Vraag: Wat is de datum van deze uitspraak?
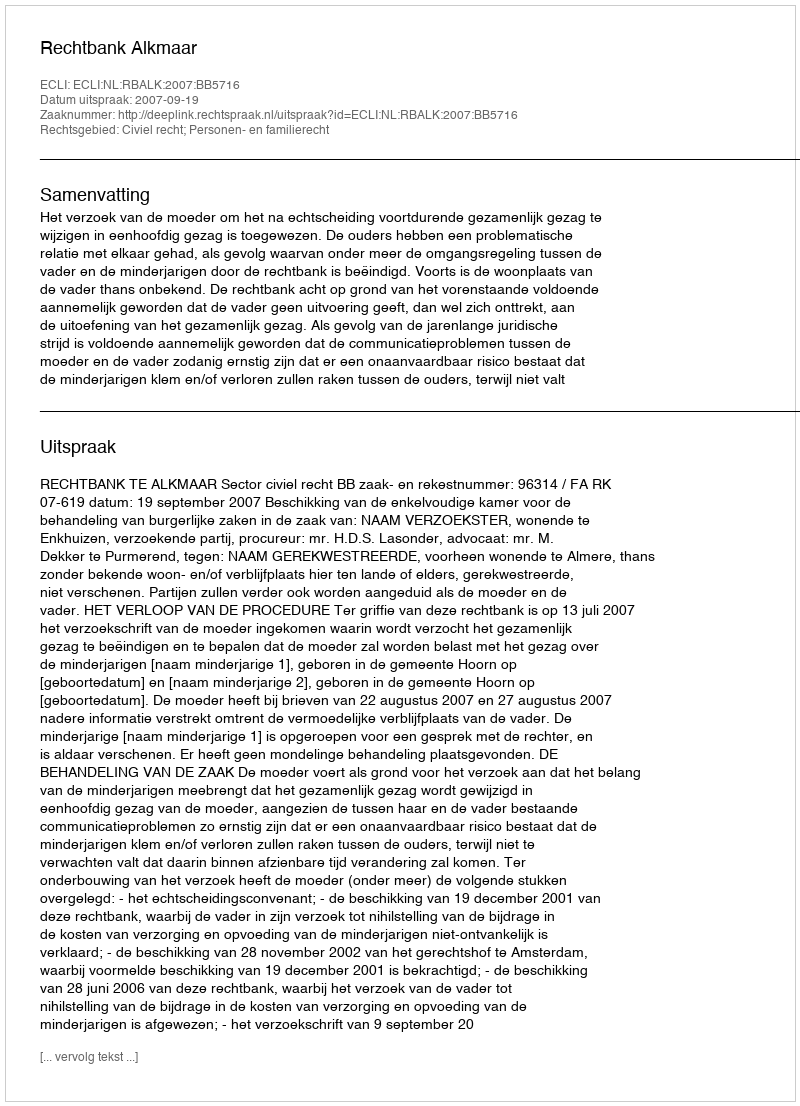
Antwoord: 2007-09-19